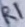
Text: R1